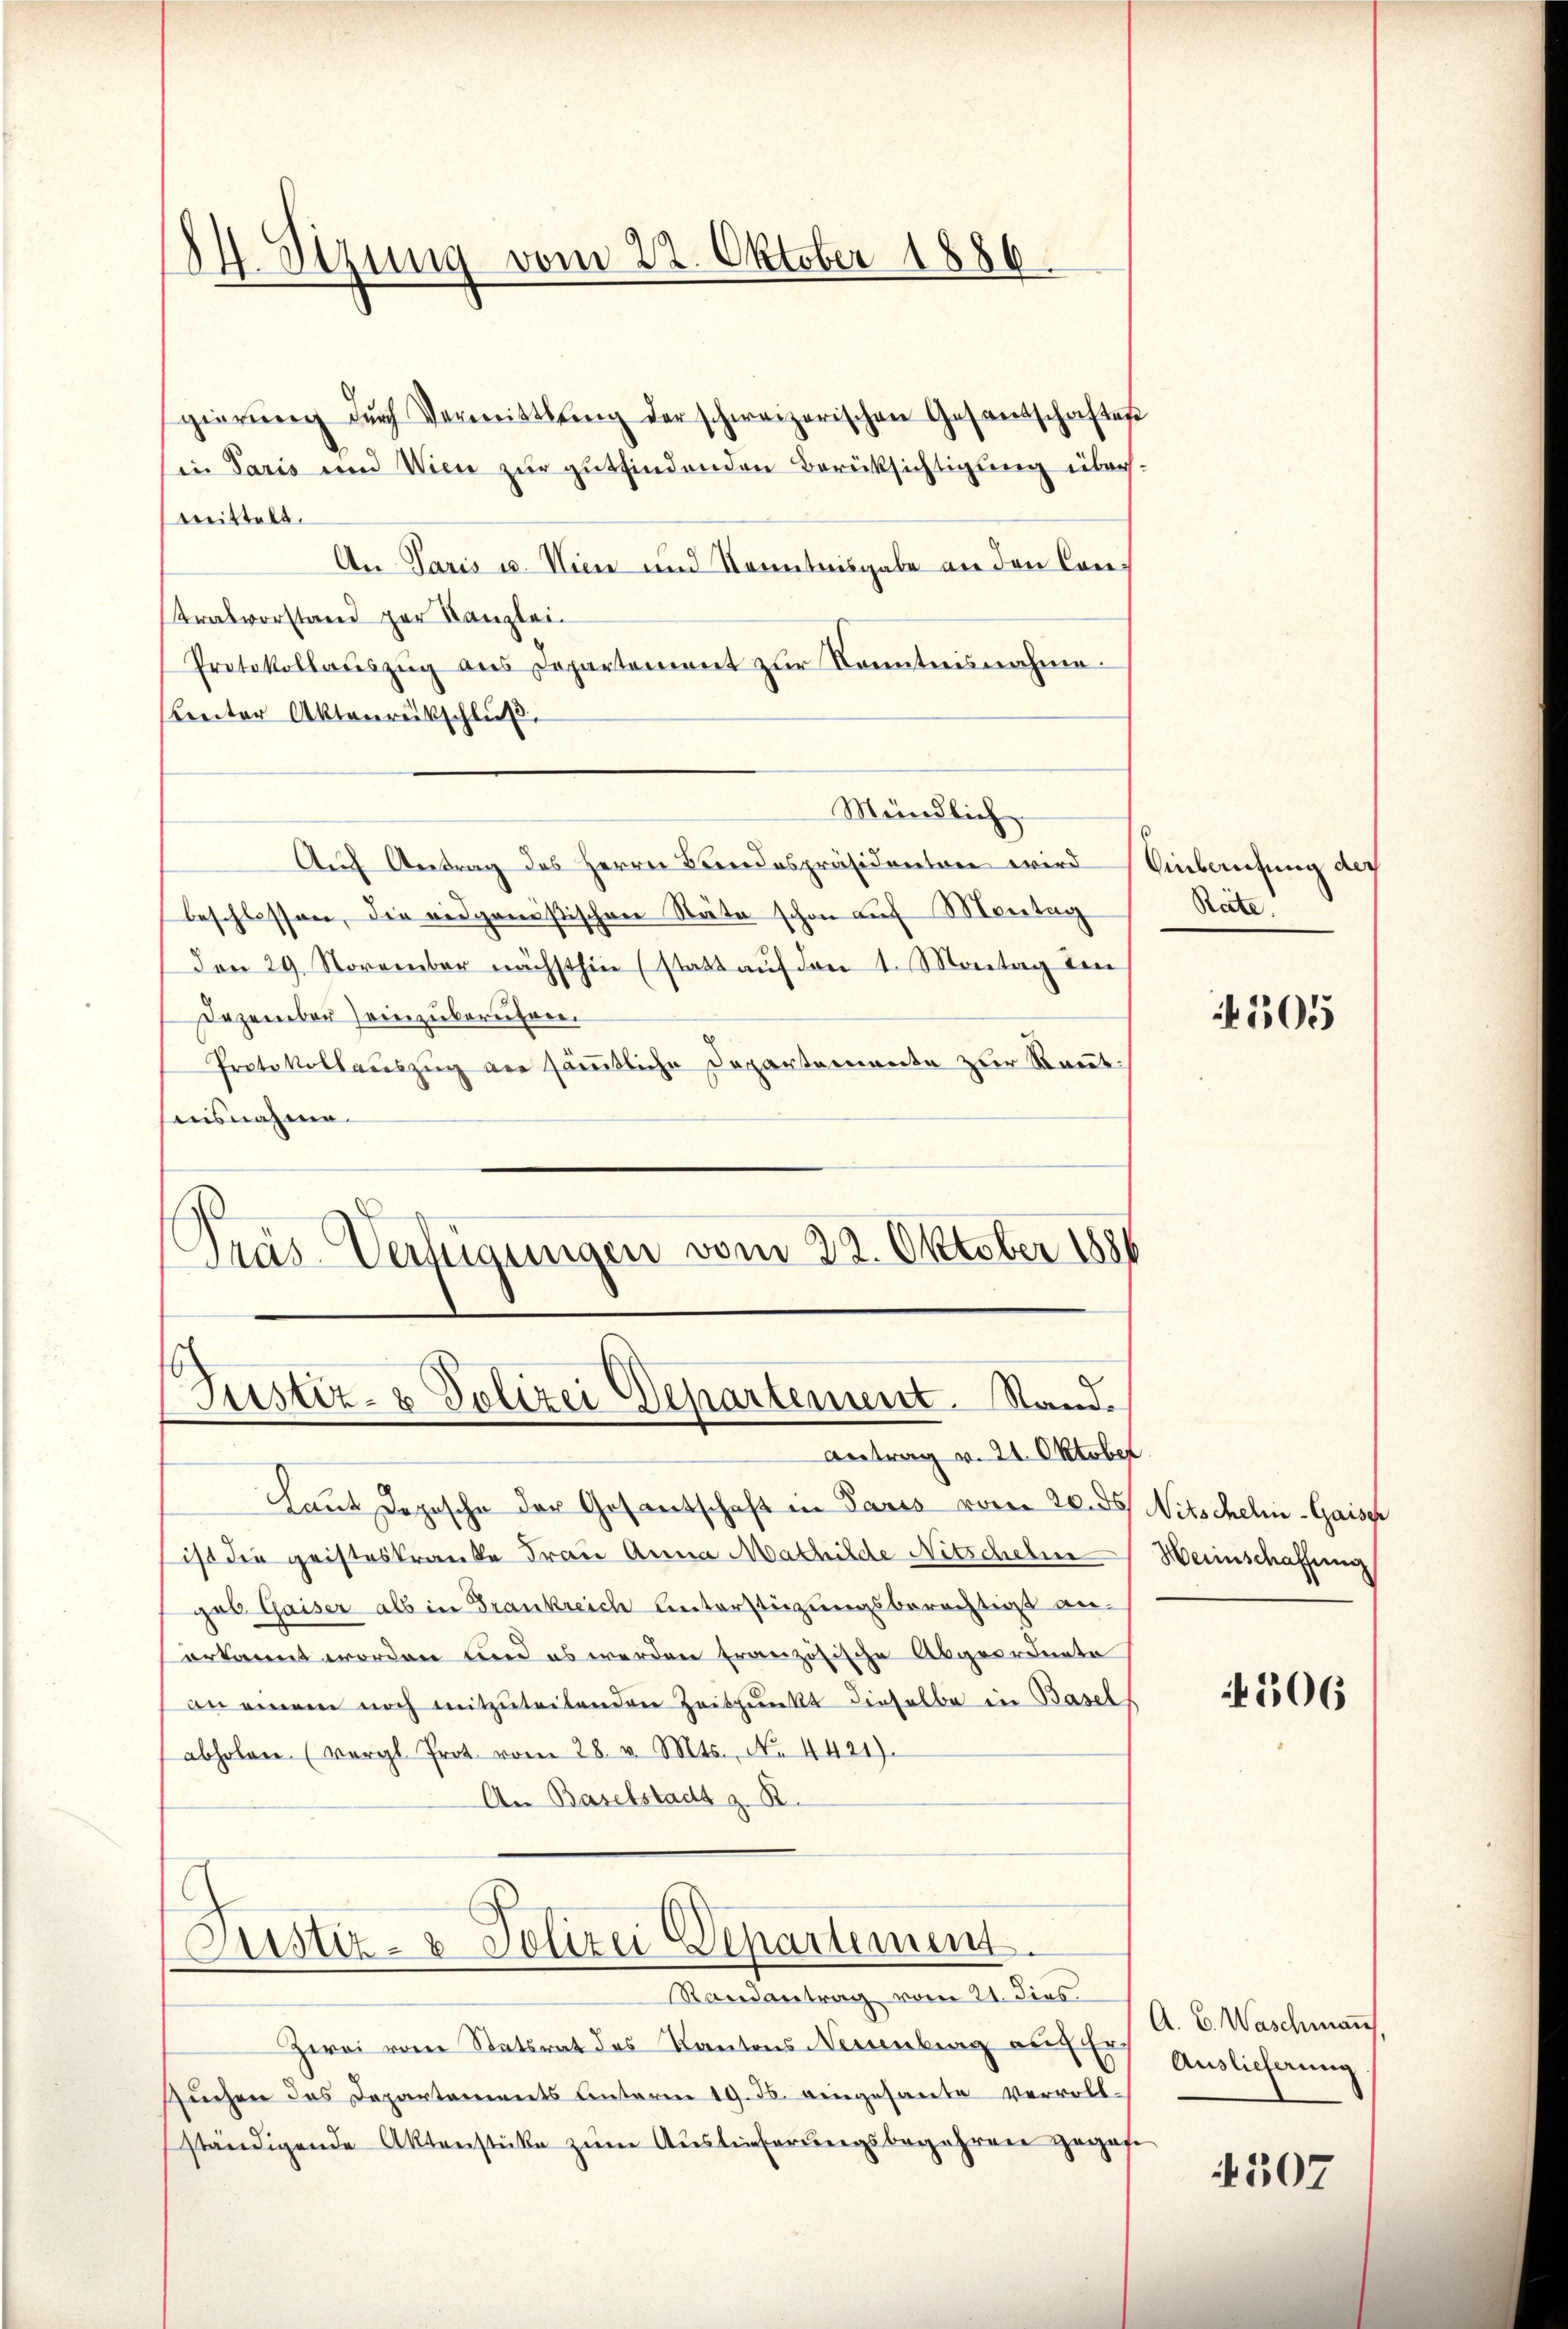
Stzung vom 22. Oktober 1886.

gierŭng dŭrch Vermittlung der schweizerischen Gesandschaftes
in Paris und Wien zur gutfindenden Berücksichtigung übersmittelt.
An Paris u. Wien und Kenntnisgabe an den Con¬
Kralvorstand zur Kanzlei-
Protokollauszug aus Departement zur Kenntnisnahme.
breiter Aktenrückschluß.
Auf Antrag des Herrn Bundespräsidenten wird
beschlossen, die eidgenößischen Stäte schon auf Montag
Den 29. November nächsthin (statt aŭf den 1. Montag den
Dezember seinzuberufen.
Protokollauszug von sämtliche Departemente zur Kant
ausnahme.
Präs. Verfügungen vom 22. Oktober 1886

Mündlich

Laut Depesche der Gesantschaft in Paris vom 20. ds
ist die geisteskranke Frau Anna Mathilde Nitschehen
ges Gaiser als in Frankreich Unterstüzungsberechtigt an-
erkannt worden und es werden französische Abgeordnete
an einem noch mitzŭteilenden Zeitpunkt dieselbe in Basel
abholen. (vergl. Prot. vom 28. v. Mts., No. 4421).
An Baselstadt z. B.

Randantrag vom 21. Fins.
Zwei vom Statsrat des Kantons Neuenburg am 1 t Auslieferung
Zŭchen das Departements Anterm 19. J. eingesante vervoll-
ständigende Aktenstücke zum Auslieferungsbegehren gegese

(Justiz- & Polizei Departement. Stand.

Antrag v. 21. Oktober

Justiz- & Polizei Departement.

Einberufung der
Reite.

505

Nitschelm Gaiser
Heimschaffung

4506

A. B. Waschman

4507